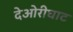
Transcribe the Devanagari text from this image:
देओरीघाट